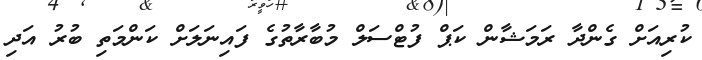
ކުރިއަށް ގެންދާ ރަމަޝާން ކަޕް ފުޓްސަލް މުބާރާތުގެ ފައިނަލަށް ކަންމަތި ބުރު އަދި